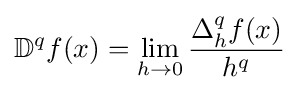
\mathbb {D} ^{q}f(x)=\lim _{h\to 0}{\frac {\Delta _{h}^{q}f(x)}{h^{q}}}